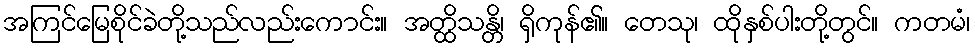
အကြင်မြေစိုင်ခဲတို့သည်လည်းကောင်း။ အတ္ထိသန္တိ၊ ရှိကုန်၏။ တေသု၊ ထိုနှစ်ပါးတို့တွင်။ ကတမံ၊